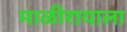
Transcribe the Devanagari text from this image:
माळीरायाला